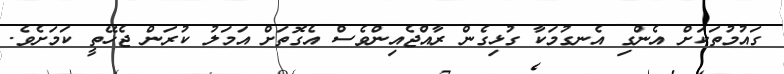
ގައުމުތަކަށް އެންގި އެނގުމަކާ ގުޅިގެން ރާއްޖެއިންވެސް އެގޮތަށް އަމަލު ކުރަން ޖެހޭތީ ކަމަށެވެ.